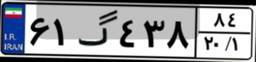
۶۱گ۴۳۸۸۴